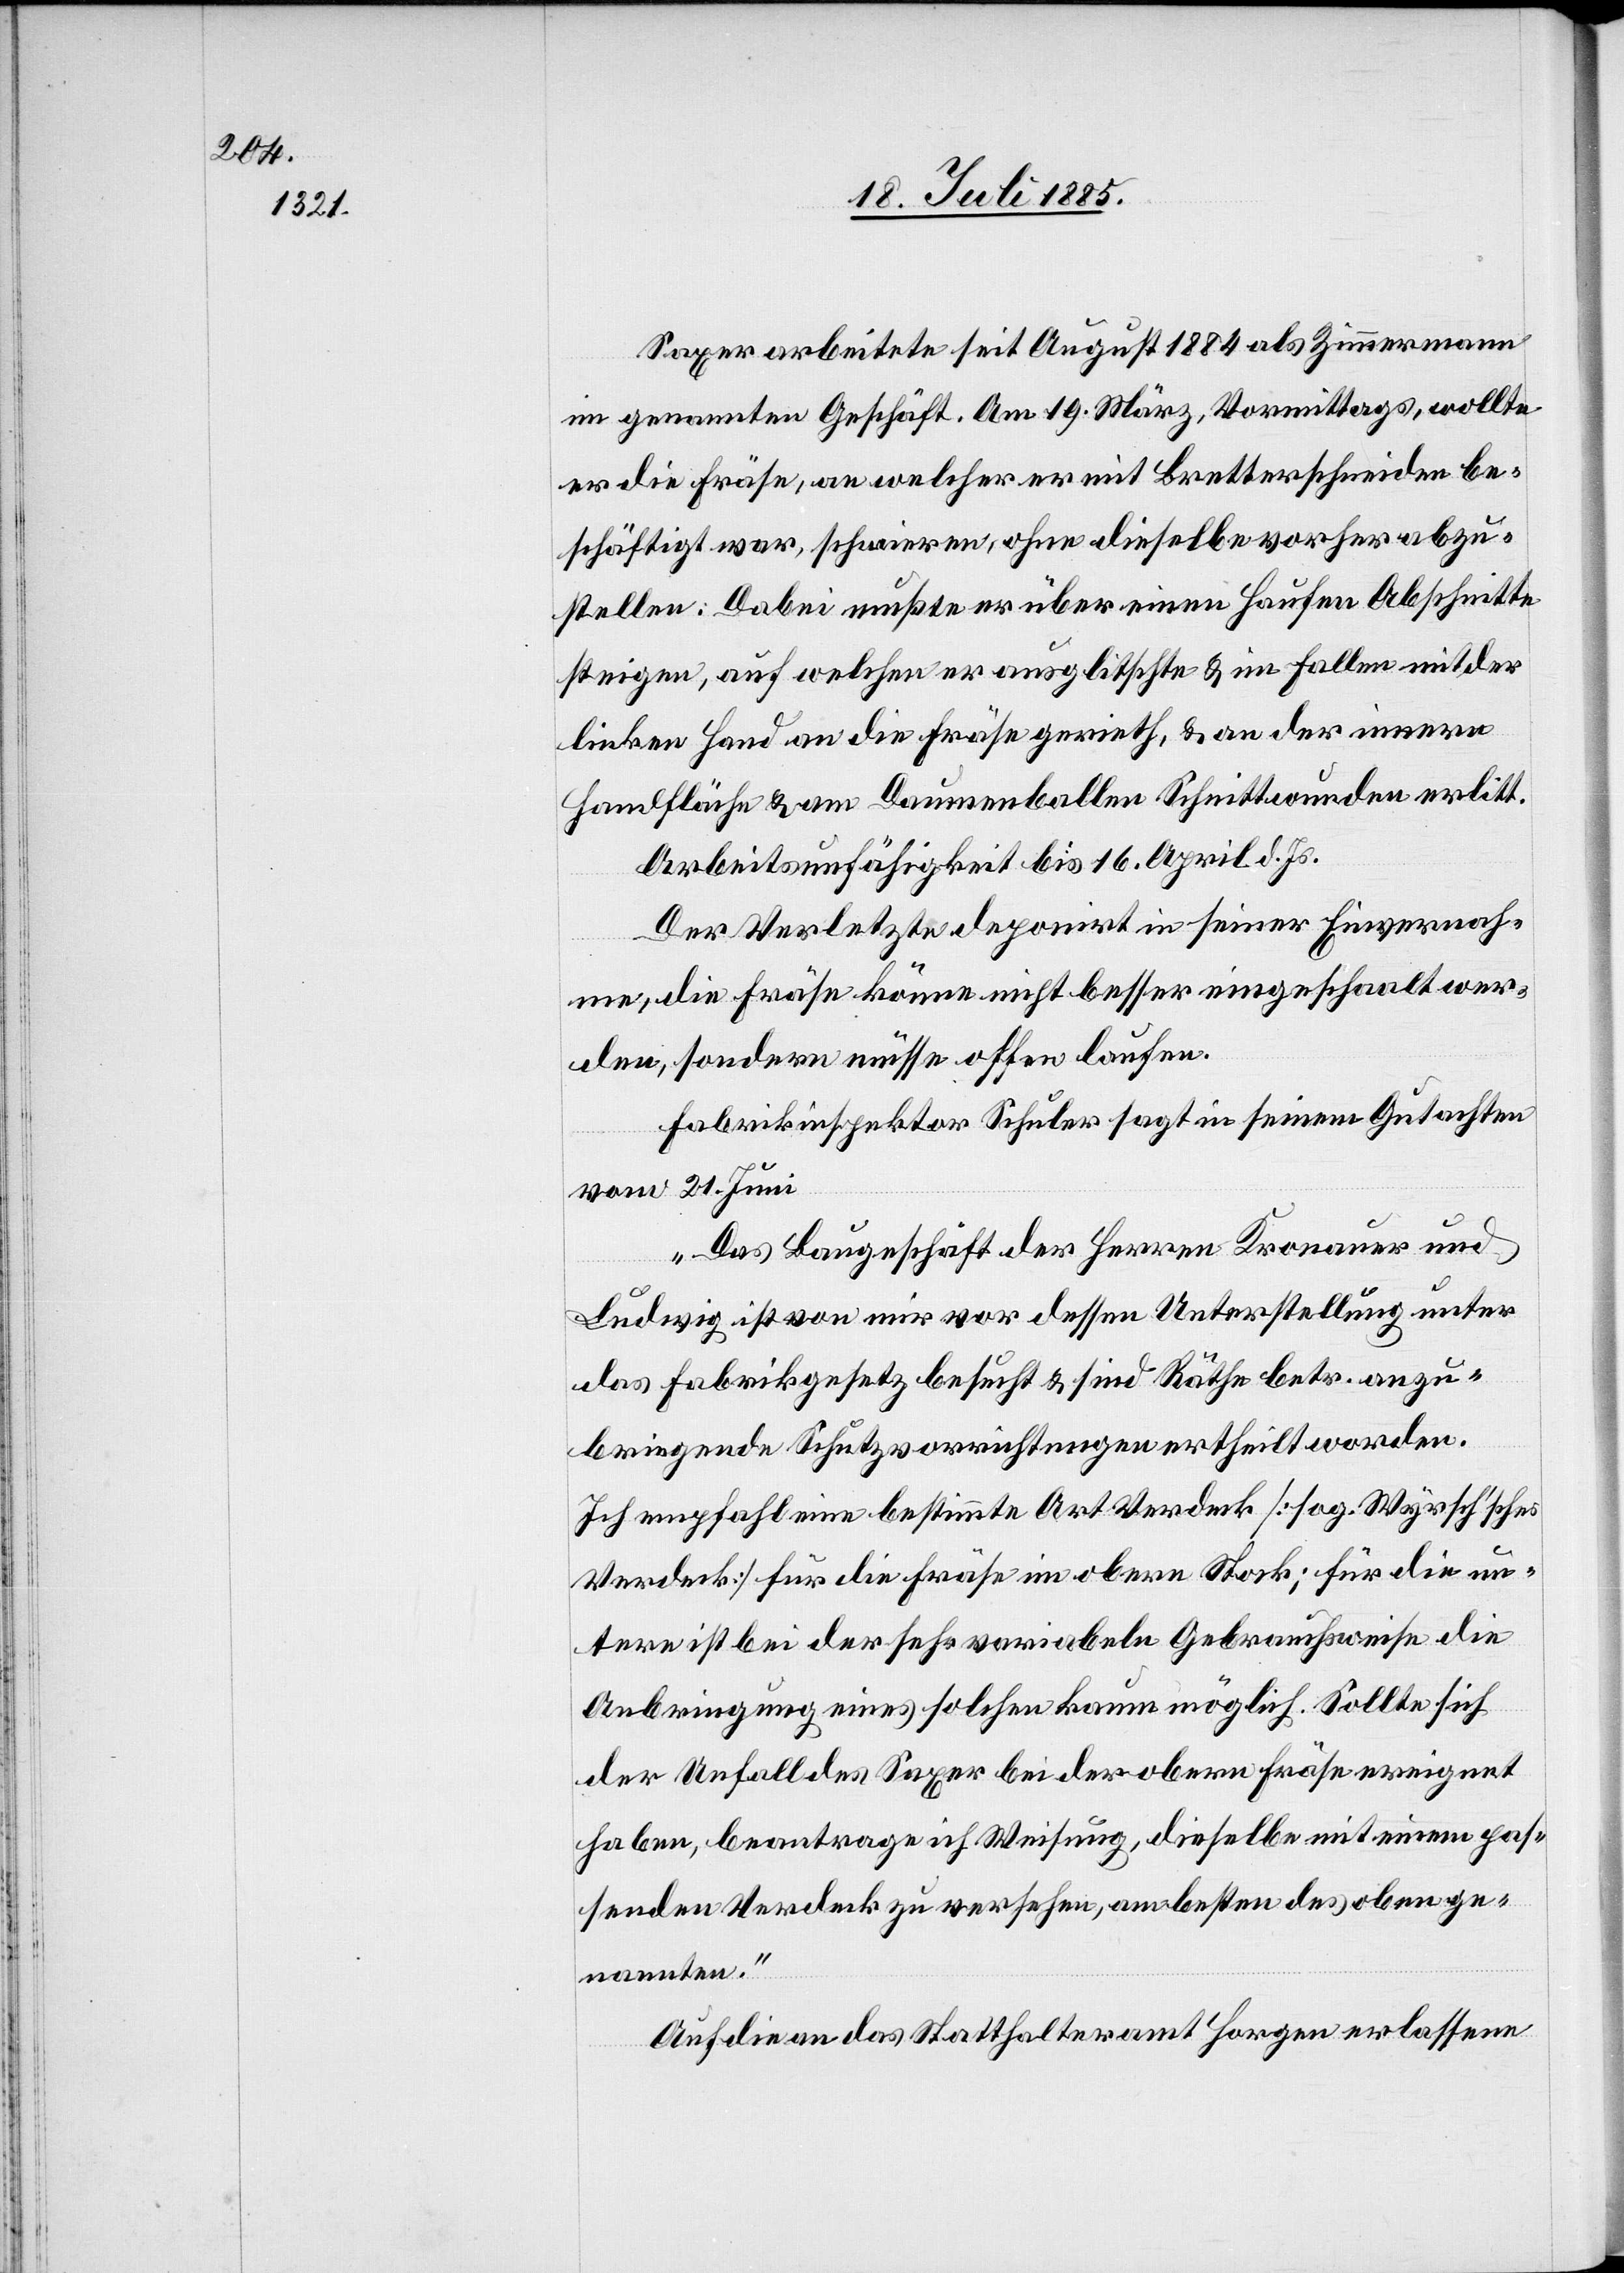
Saxer arbeitete seit August 1884 als Zimmermann
im genannten Geschäft. Am 19. März, Vormittags, wollte
er die Fräse, an welcher er mit Bretterschneiden be¬
schäftigt war, schwirren, ohne dieselbe vorher abzu¬
stellen. Dabei mußte er über einen Haufen Abschnitte
steigen, auf welchen er ausglitschte & im Fallen mit der
linken Hand an die Fräse gerieth, & an der innern
Handfläche & am Daumenballen Schnittwunden erlitt.
Arbeitsunfähigkeit bis 16. April l. Js.
Der Verletzte deponirt in seiner Einvernah¬
me, die Fräse könne nicht besser eingeschaalt wer¬
den, sondern müsse offen laufen.
Fabrikinspektor Schuler sagt in seinem Gutachten
vom 21. Juni[:]
„Das Baugeschäft der Herren Kronauer und
Ludwig ist von mir vor dessen Unterstellung unter
das Fabrikgesetz besucht & sind Räthe betr. anzu¬
bringende Schutzvorrichtungen ertheilt worden.
Ich empfahl eine bestimmte Art Verdeck [sog. Wyrsch’sches
Verdeck] für die Fräse im obern Stock; für die un¬
tern ist bei der sehr variabeln Gebrauchsweise die
Anbringung eines solchen kaum möglich. Sollte sich
der Unfall des Saxer bei der obern Fräse ereignet
haben, beantrage ich Weisung, dieselbe mit einem pas¬
senden Verdeck zu versehen, am besten des oben ge¬
nannten.“
Auf die an das Statthalteramt Horgen erlassene